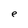
Character: e